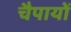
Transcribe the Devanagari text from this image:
चैपायों